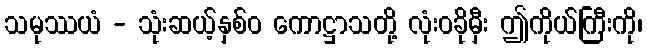
သမုဿယံ - သုံးဆယ့်နှစ်ဝ ကောဋ္ဌာသတို့ လုံးဝခိုမှီး ဤကိုယ်ကြီးကို၊